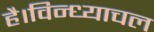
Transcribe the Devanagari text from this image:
है।विन्ध्याचल